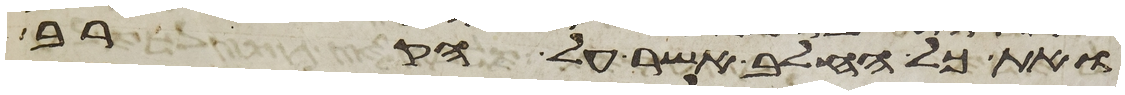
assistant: ואת כל החלב אשר על הקרב